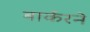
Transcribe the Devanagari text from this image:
बार्करने